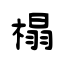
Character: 榻